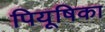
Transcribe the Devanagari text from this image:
पियूषिका